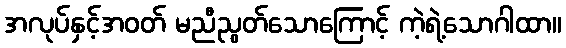
အလုပ်နှင့်အဝတ် မညီညွတ်သောကြောင့် ကဲ့ရဲ့သောဂါထာ။